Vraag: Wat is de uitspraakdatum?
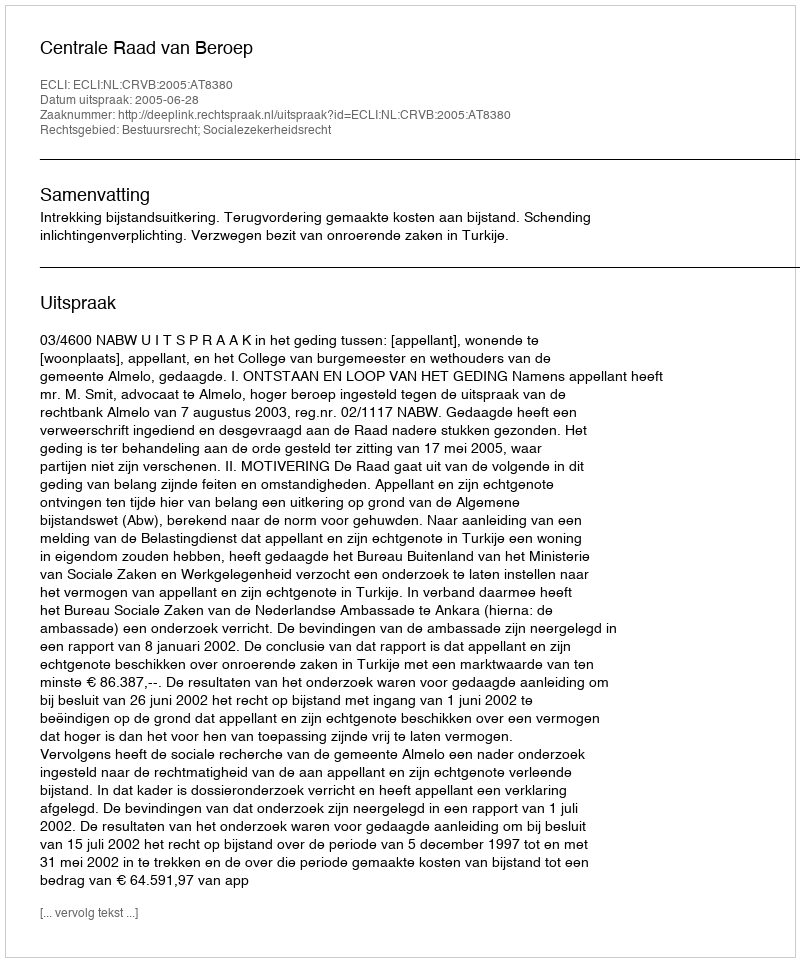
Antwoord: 2005-06-28